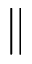
\parallel